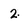
Character: 2